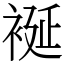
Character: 䘰